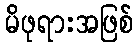
မိဖုရားအဖြစ်